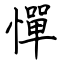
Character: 憚